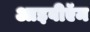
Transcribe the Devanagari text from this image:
आइबीऍम